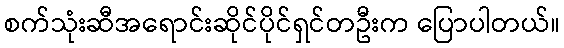
စက်သုံးဆီအရောင်းဆိုင်ပိုင်ရှင်တဦးက ပြောပါတယ်။